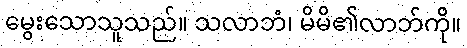
မွေးသောသူသည်။ သလာဘံ၊ မိမိ၏လာဘ်ကို။